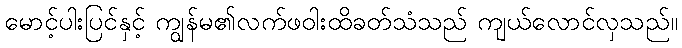
မောင့်ပါးပြင်နှင့် ကျွန်မ၏လက်ဖဝါးထိခတ်သံသည် ကျယ်လောင်လှသည်။